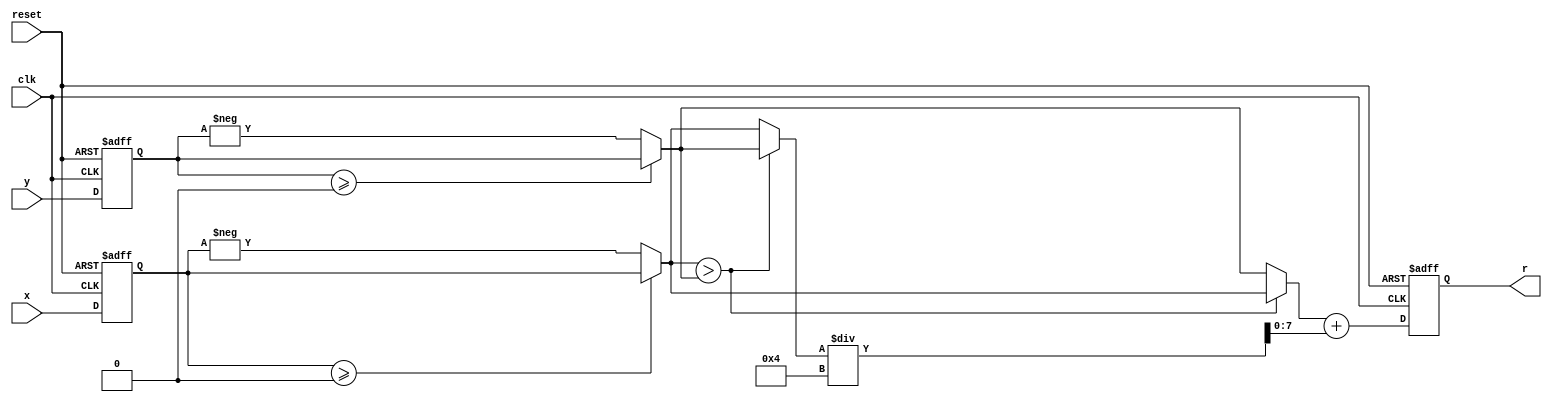
//*********************************************************
// IEEE STD 1364-2001 Verilog file: magnitude.v
// Author-EMAIL: Uwe.Meyer-Baese@ieee.org
//*********************************************************
module magnitude
(input clk, // System clock
input reset, // Asynchron reset
input signed [7:0] x, y, // System input
output reg signed [7:0] r);// System output
// --------------------------------------------------------
reg signed [7:0] x_r, y_r, ax, ay, mi, ma;
// Approximate the magnitude via
// r = alpha*max(|x|,|y|) + beta*min(|x|,|y|)
// use alpha=1 and beta=1/4
always @(posedge reset or posedge clk) // Control the
if (reset) begin // system sample at clk rate
x_r <= 0; y_r <= 0; // Asynchronous clear
end else begin
x_r <= x; y_r <= y;
end
always @* begin
ax = (x_r>=0)? x_r : -x_r; // Take absolute values first
ay = (y_r>=0)? y_r : -y_r;
if (ax > ay) begin // Determine max and min values
mi = ay;
ma = ax;
end else begin
mi = ax;
ma = ay;
end
end
always @(posedge reset or posedge clk)
if (reset) // Asynchronous clear
r <= 0;
else
r <= ma + mi/4; // Compute r=alpha*max+beta*min
endmodule